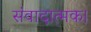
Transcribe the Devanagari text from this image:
संवादात्मक।